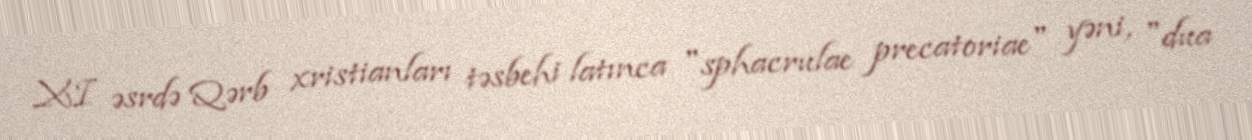
XI əsrdə Qərb xristianları təsbehi latınca "sphacrulae precatoriae" yəni, "dua